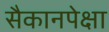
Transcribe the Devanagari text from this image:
सैकानपेक्षा